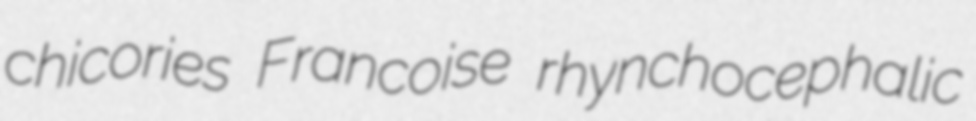
chicories Francoise rhynchocephalic